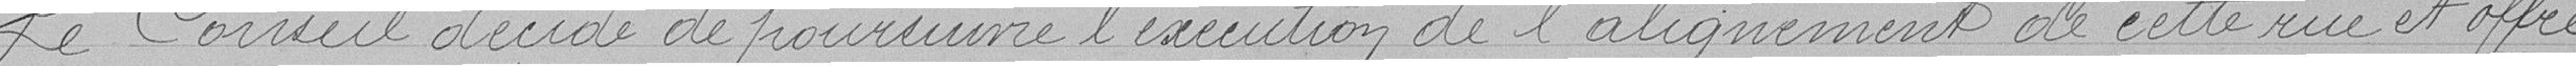
Le Conseil décide de poursuivre l’exécution de l'alignement de cette rue et offre